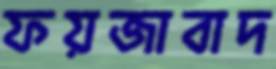
ফয়জাবাদ